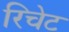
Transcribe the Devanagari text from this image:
रिचेट